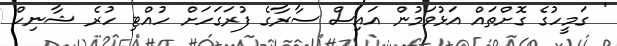
' ގަމީހުގެ ގޮށްތައް އަޅުވަމުން އައިސް ސާރާގެ ފުރަގަހަށް ހުއްޓި ހުރެ ޝާނިހް